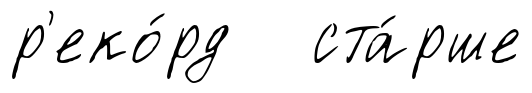
р'еко́рд ста́рше